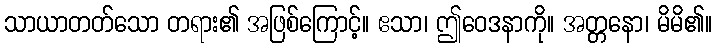
သာယာတတ်သော တရား၏ အဖြစ်ကြောင့်။ ဧသာ၊ ဤဝေဒနာကို။ အတ္တနော၊ မိမိ၏။